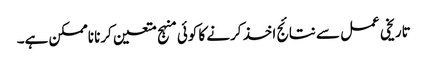
تاریخی عمل سے نتائج اخذ کرنے کا کوئی منہج متعین کرنا ناممکن ہے۔